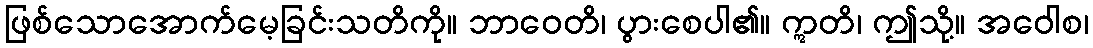
ဖြစ်သောအောက်မေ့ခြင်းသတိကို။ ဘာဝေတိ၊ ပွားစေပါ၏။ ဣတိ၊ ဤသို့။ အဝေါစ၊